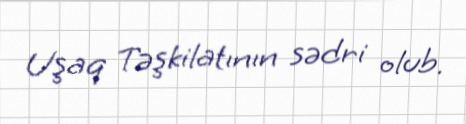
Uşaq Təşkilatının sədri olub.